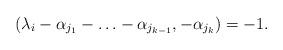
LaTeX: \begin{align*}(\lambda_i-\alpha_{j_1}-\ldots-\alpha_{j_{k-1}},-\alpha_{j_k})=-1.\end{align*}